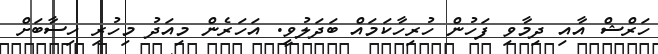
ހަރްޝް އާއި ދިމާވި ފަހުން ހުރިހާކަމައް ބަދަލުވީ. އަހަރެން މިއަދު މިހުރި ހިސާބަށް